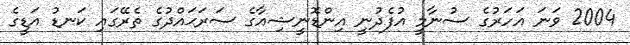
2004 ވަނަ އަހަރުގެ ސުނާމީ އުފެދުނީ އިންޑޮނީޝިއާގެ ސަރަޙައްދުގެ ތެރޭގައި ކަނޑު އަޑީގެ